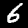
Digit: 6